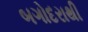
બગોદરાથી